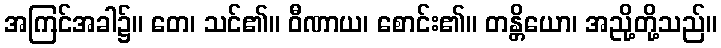
အကြင်အခါ၌။ တေ၊ သင်၏။ ဝီဏာယ၊ စောင်း၏။ တန္တိယော၊ အညို့တို့သည်။